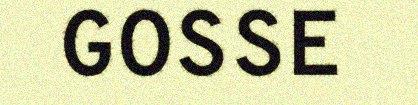
GOSSE